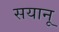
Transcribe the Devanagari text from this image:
सयानू